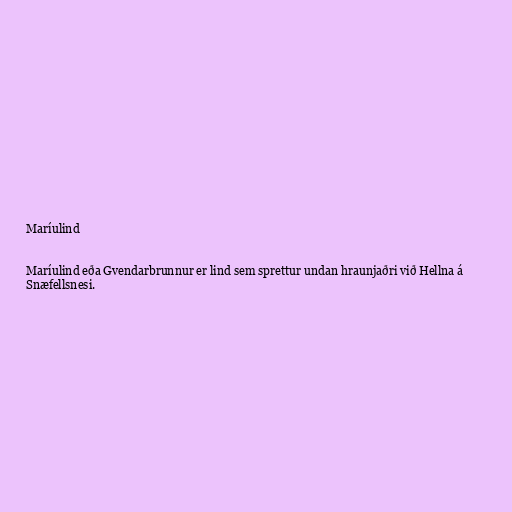
Maríulind

Maríulind eða Gvendarbrunnur er lind sem sprettur undan hraunjaðri við Hellna á
Snæfellsnesi.